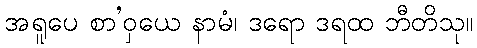
အရူပေ စာ’ဝှယေ နာမံ၊ ဒရော ဒရထ ဘီတိသု။